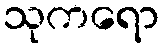
သုကရော